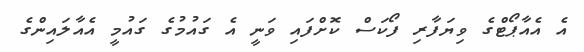
އެ އެއާޕޯޓްގެ ވިޔަފާރި ފޯކަސް ކޮށްފައި ވަނީ އެ ގައުމުގެ ގައުމީ އެއާލައިންގެ